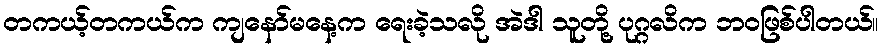
တကယ့်တကယ်က ကျနော်မနေ့က ရေးခဲ့သလို အဲဒါ သူတို့ ပုဂ္ဂလိက ဘဝဖြစ်ပါတယ်။